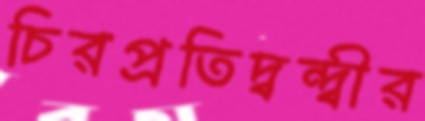
চিরপ্রতিদ্বন্দ্বীর